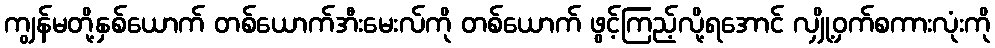
ကျွန်မတို့နှစ်ယောက် တစ်ယောက်အီးမေးလ်ကို တစ်ယောက် ဖွင့်ကြည့်လို့ရအောင် လျှို့ဝှက်စကားလုံးကို